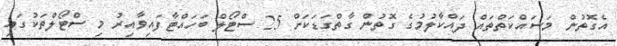
އެގޮތުން މަސައްކަތްްތައް ދައްކާލުމުގެ ގޮތުން ގާތްގަޑަކަށް 25 ސްޓޯލް ބަހައްޓާފައިވާއިރު މި ސްޓޯލްތަކުގައި